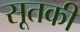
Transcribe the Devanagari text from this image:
सूतकी